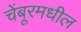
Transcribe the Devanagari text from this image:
चेंबूरमधील